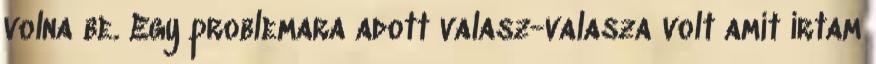
volna be. Egy problemara adott valasz-valasza volt amit irtam